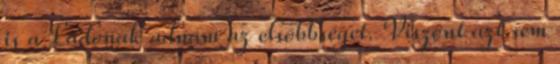
is a Ladónak adnám az elsőbbséget. Viszont azt sem